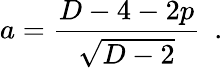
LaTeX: a=\frac{D-4-2p}{\sqrt{D-2}}~~.